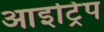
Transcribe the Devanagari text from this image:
आइट्रिप